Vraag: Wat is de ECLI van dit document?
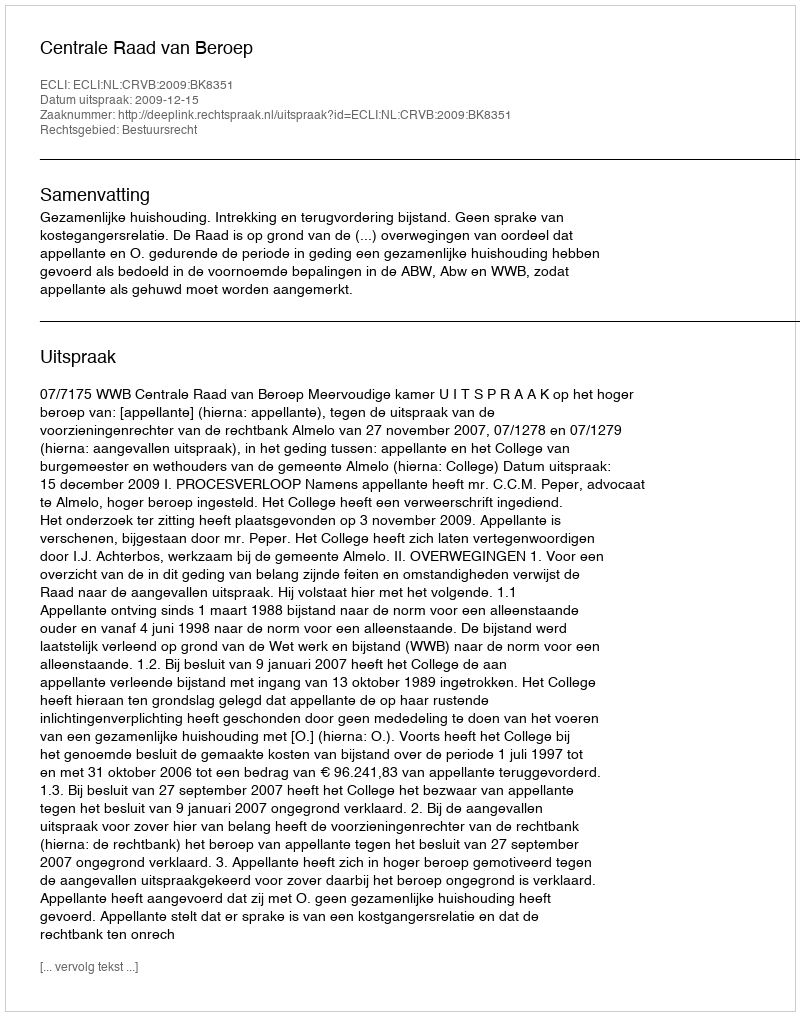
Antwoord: ECLI:NL:CRVB:2009:BK8351